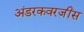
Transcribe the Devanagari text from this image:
अंडरकवरजींस